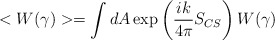
\begin{align*}<W(\gamma)> = \int dA \exp\left({i k\over 4 \pi} S_{CS}\right) W(\gamma)\end{align*}